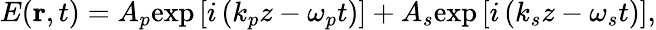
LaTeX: E(\mathbf{r},t)=A_{p}\mathrm{exp}\left[i\left(k_{p}z-\omega_{p}t\right)\right]+A_{s}\mathrm{exp}\left[i\left(k_{s}z-\omega_{s}t\right)\right],